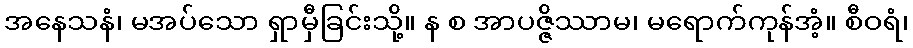
အနေသနံ၊ မအပ်သော ရှာမှီခြင်းသို့။ န စ အာပဇ္ဇိဿာမ၊ မရောက်ကုန်အံ့။ စီဝရံ၊